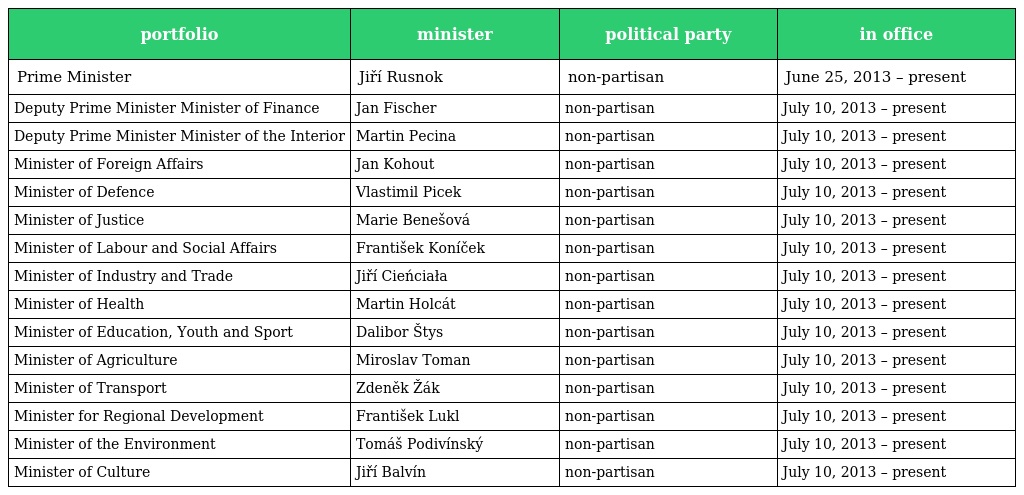
| portfolio | minister | political party | in office |
 | --- | --- | --- | --- |
 | Prime Minister | Jiří Rusnok | non-partisan | June 25, 2013 – present |
 | Deputy Prime Minister Minister of Finance | Jan Fischer | non-partisan | July 10, 2013 – present |
 | Deputy Prime Minister Minister of the Interior | Martin Pecina | non-partisan | July 10, 2013 – present |
 | Minister of Foreign Affairs | Jan Kohout | non-partisan | July 10, 2013 – present |
 | Minister of Defence | Vlastimil Picek | non-partisan | July 10, 2013 – present |
 | Minister of Justice | Marie Benešová | non-partisan | July 10, 2013 – present |
 | Minister of Labour and Social Affairs | František Koníček | non-partisan | July 10, 2013 – present |
 | Minister of Industry and Trade | Jiří Cieńciała | non-partisan | July 10, 2013 – present |
 | Minister of Health | Martin Holcát | non-partisan | July 10, 2013 – present |
 | Minister of Education, Youth and Sport | Dalibor Štys | non-partisan | July 10, 2013 – present |
 | Minister of Agriculture | Miroslav Toman | non-partisan | July 10, 2013 – present |
 | Minister of Transport | Zdeněk Žák | non-partisan | July 10, 2013 – present |
 | Minister for Regional Development | František Lukl | non-partisan | July 10, 2013 – present |
 | Minister of the Environment | Tomáš Podivínský | non-partisan | July 10, 2013 – present |
 | Minister of Culture | Jiří Balvín | non-partisan | July 10, 2013 – present |